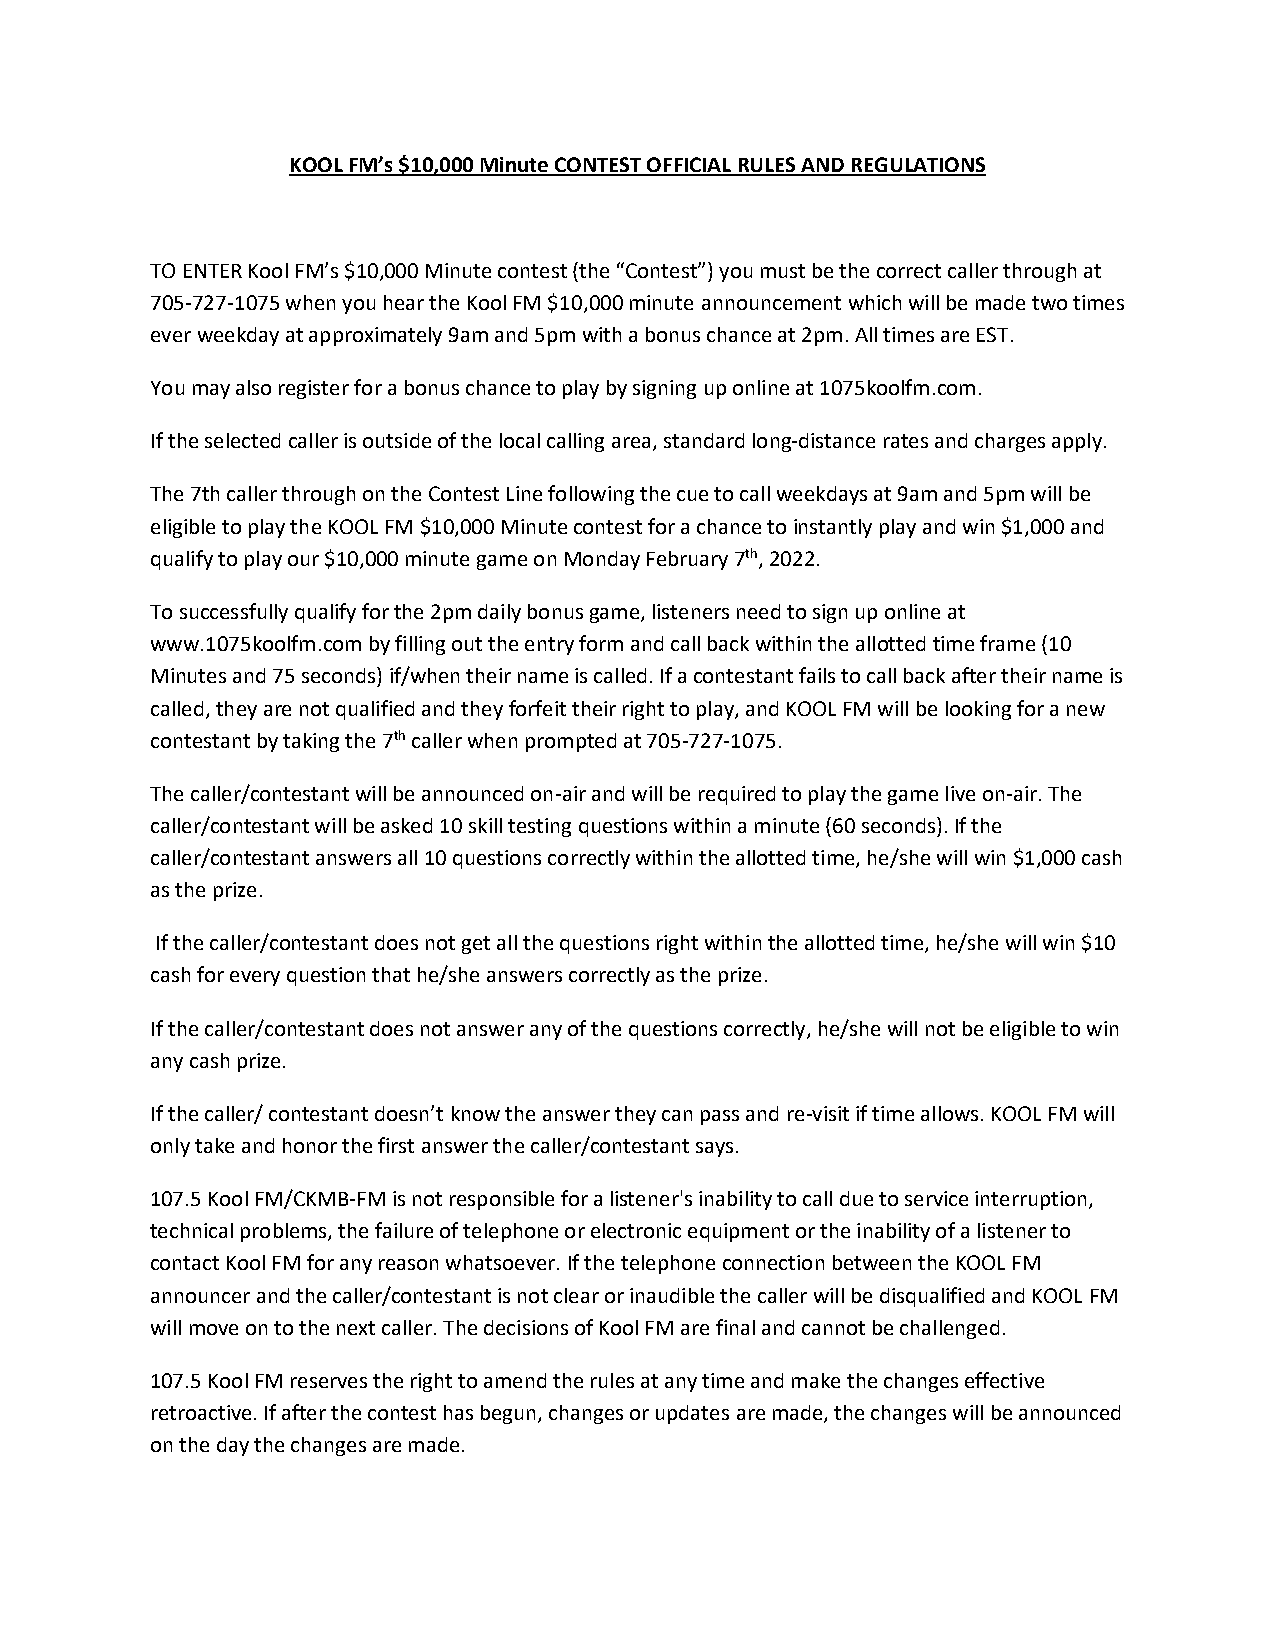
KOOL FM’s $10,000 Minute CONTEST OFFICIAL RULES AND REGULATIONS
 TO ENTER Kool FM’s $10,000 Minute contest (the “Contest”) you must be the correct caller through at
 705-727-1075 when you hear the Kool FM $10,000 minute announcement which will be made two times
 ever weekday at approximately 9am and 5pm with a bonus chance at 2pm. All times are EST.
 You may also register for a bonus chance to play by signing up online at 1075koolfm.com.
 If the selected caller is outside of the local calling area, standard long-distance rates and charges apply.
 The 7th caller through on the Contest Line following the cue to call weekdays at 9am and 5pm will be
 eligible to play the KOOL FM $10,000 Minute contest for a chance to instantly play and win $1,000 and
 qualify to play our $10,000 minute game on Monday February 7th, 2022.
 To successfully qualify for the 2pm daily bonus game, listeners need to sign up online at
 www.1075koolfm.com by filling out the entry form and call back within the allotted time frame (10
 Minutes and 75 seconds) if/when their name is called. If a contestant fails to call back after their name is
 called, they are not qualified and they forfeit their right to play, and KOOL FM will be looking for a new
 contestant by taking the 7th caller when prompted at 705-727-1075.
 The caller/contestant will be announced on-air and will be required to play the game live on-air. The
 caller/contestant will be asked 10 skill testing questions within a minute (60 seconds). If the
 caller/contestant answers all 10 questions correctly within the allotted time, he/she will win $1,000 cash
 as the prize.
 If the caller/contestant does not get all the questions right within the allotted time, he/she will win $10
 cash for every question that he/she answers correctly as the prize.
 If the caller/contestant does not answer any of the questions correctly, he/she will not be eligible to win
 any cash prize.
 If the caller/ contestant doesn’t know the answer they can pass and re-visit if time allows. KOOL FM will
 only take and honor the first answer the caller/contestant says.
 107.5 Kool FM/CKMB-FM is not responsible for a listener's inability to call due to service interruption,
 technical problems, the failure of telephone or electronic equipment or the inability of a listener to
 contact Kool FM for any reason whatsoever. If the telephone connection between the KOOL FM
 announcer and the caller/contestant is not clear or inaudible the caller will be disqualified and KOOL FM
 will move on to the next caller. The decisions of Kool FM are final and cannot be challenged.
 107.5 Kool FM reserves the right to amend the rules at any time and make the changes effective
 retroactive. If after the contest has begun, changes or updates are made, the changes will be announced
 on the day the changes are made.